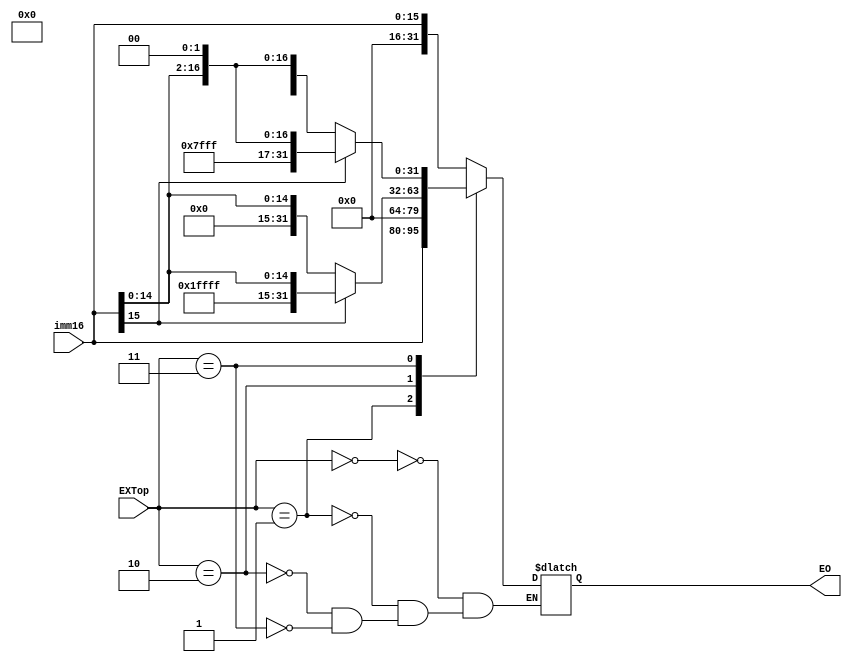
`timescale 1ns / 1ps
//////////////////////////////////////////////////////////////////////////////////
// Company: 
// Engineer: 
// 
// Design Name: 
// Module Name:    ext 
// Project Name: 
// Target Devices: 
// Tool versions: 
// Description: 
//
// Dependencies: 
//
// Revision: 
// Revision 0.01 - File Created
// Additional Comments: 
//
//////////////////////////////////////////////////////////////////////////////////
module ext(
	input [15:0]imm16,
	input [2:0] EXTop,
	output reg [31:0] EO
    );
	wire [31:0] EO0 = {{16'b0}, imm16};
	wire [31:0] EO1 = {imm16, {16'b0}};
	wire [31:0] EO2 = (imm16[15] == 1) ? {{{16{1'b1}}, imm16}} : {{16'b0}, imm16};
	wire [31:0] EO3 = (imm16[15] == 1) ? {{{14{1'b1}}, imm16, 2'b0}} : {{14'b0}, imm16, 2'b0};
	
	initial begin
		EO = 0;
	end
	
	always @* begin
		case (EXTop)
			0:EO <= EO0;
			1:EO <= EO1;
			2:EO <= EO2;
			3:EO <= EO3;
		endcase
	end

endmodule